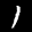
Label: 1